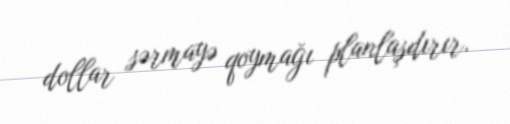
dollar sərmayə qoymağı planlaşdırır.